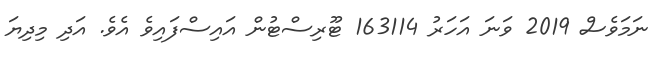
ނަމަވެސް 2019 ވަނަ އަހަރު 163114 ޓޫރިސްޓުން އައިސްފައިވެ އެވެ. އަދި މިދިޔަ